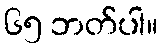
၆၅ ဘတ်ပါ။